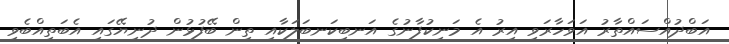
އަބްދުއްސައްތާރު އަވަހާރަވި އިރު އެ މަނިކުފާނުގެ އަނބިކަނބަލަކާއި ތިން ބޭފުޅުން ދުނިޔޭގައި އެބަތިއްބެވި